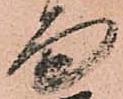
面